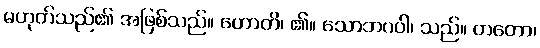
မဟုတ်သည်၏ အဖြစ်သည်။ ဟောတိ၊ ၏။ သောဘဂဝါ၊ သည်။ တတော၊